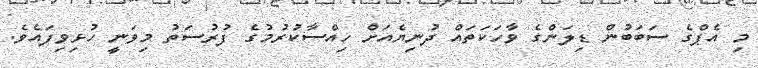
މި އެޕްގެ ސަބަބުން ޑިލަންގެ ވާހަކަތައް ދުނިޔެއަށް ހިއްސާކުރުމުގެ ފުރުސަތު މިވަނީ ހުޅިވިފައެވެ.